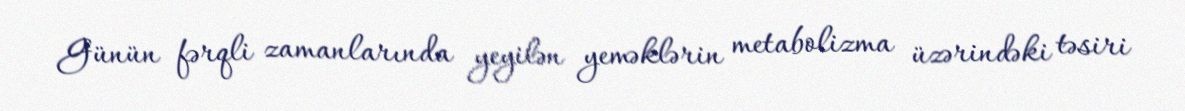
Günün fərqli zamanlarında yeyilən yeməklərin metabolizma üzərindəki təsiri